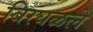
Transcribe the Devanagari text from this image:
विरघळले